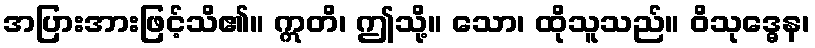
အပြားအားဖြင့်သိ၏။ ဣတိ၊ ဤသို့။ သော၊ ထိုသူသည်။ ဝိသုဒ္ဓေန၊